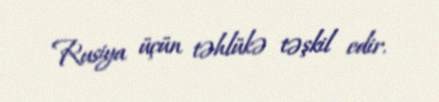
Rusiya üçün təhlükə təşkil edir.